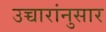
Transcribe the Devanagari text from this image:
उच्चारांनुसार